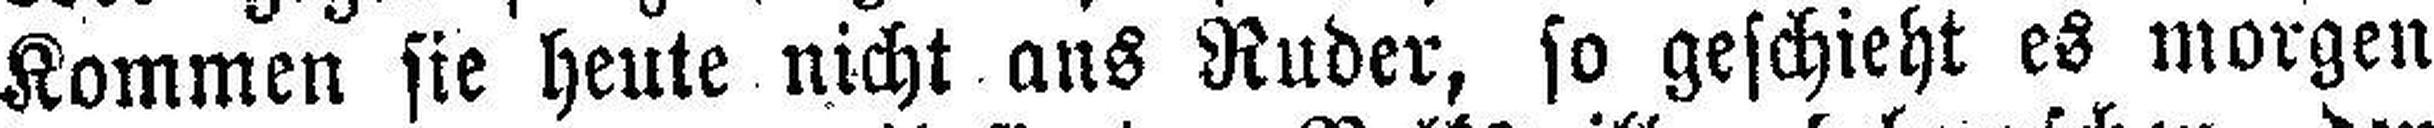
Kommen sie heute nicht ans Ruder, so geschieht es morgen